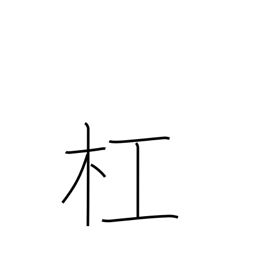
Meaning: carry on the shoulder